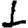
Digit: 1